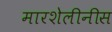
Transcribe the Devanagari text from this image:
मारशेलीनीस